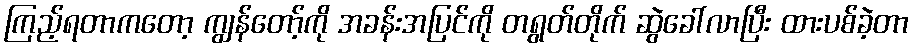
ကြည့်ရတာကတော့ ကျွန်တော့်ကို အခန်းအပြင်ကို တရွတ်တိုက် ဆွဲခေါ်လာပြီး ထားပစ်ခဲ့တာ